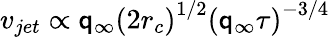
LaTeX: v_{jet}\propto\mathsf{q}_{\infty}\left(2r_{c}\right)^{1/2}\left(\mathsf{q}_{\infty}\tau\right)^{-3/4}